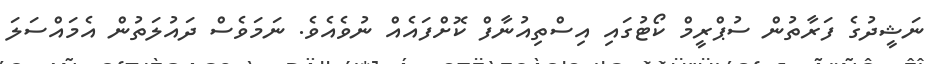
ނަޝީދުގެ ފަރާތުން ސުޕްރީމް ކޯޓުގައި އިސްތިއުނާފް ކޮށްފައެއް ނުވެއެވެ. ނަމަވެސް ދައުލަތުން އެމައްސަލަ